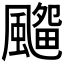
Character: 𱃊